Tezpur Lunatic Asylum reports 1895-1904 - 1895-1904
Year: 1895
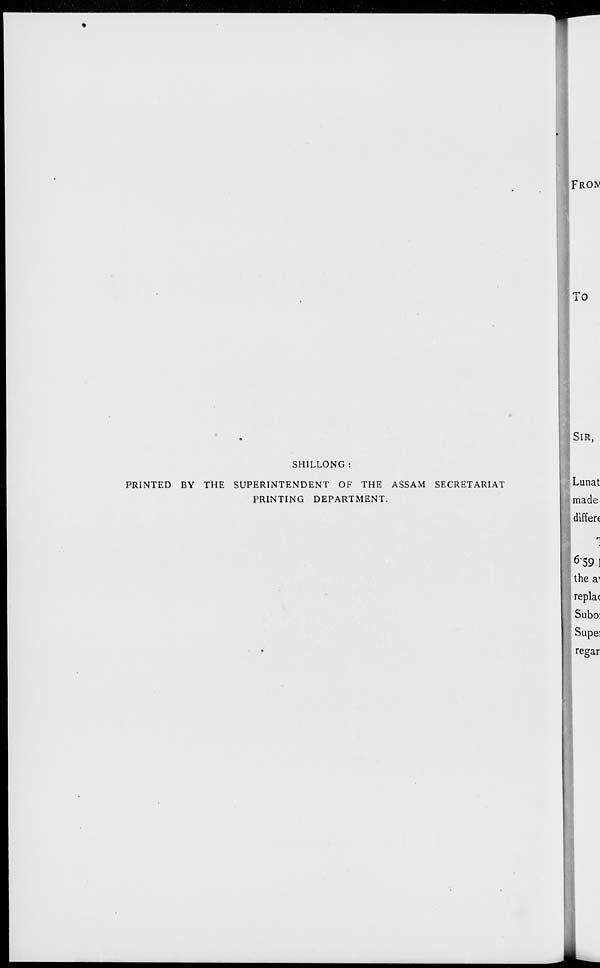
SHILLONG
PRINTED BY THE SUPERINTENDENT OF THE ASSAM SECRETARIAT
PRINTING DEPARTMENT.
Lunat
made
differe
1
: I 6 '59 ]
the a^
repla(
Suboi
Supei
regar